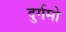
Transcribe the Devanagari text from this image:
दुर्गमो